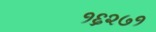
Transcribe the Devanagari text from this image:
१६२७१